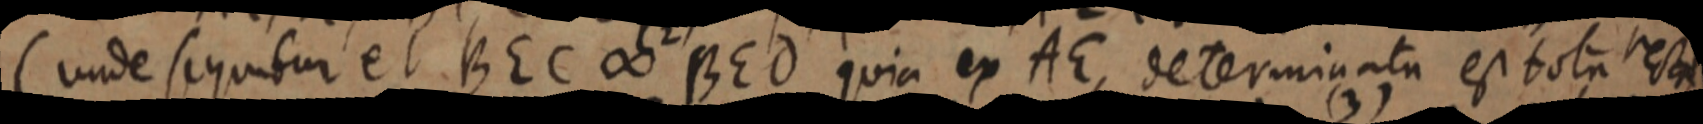
(unde sequibur et BEC ∞ BED quia ex AE, determinata est tota recta)